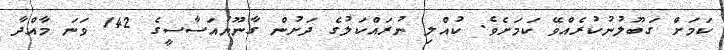
ކަމަށް ގަބޫލުނުކުރެއްވޭ ކަމަށެވެ. ކުއްލި ނުރައްކަލުގެ ދަށުން ގާނޫނުއަސާސީގެ 142 ވަނަ މާއްދާ